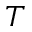
T